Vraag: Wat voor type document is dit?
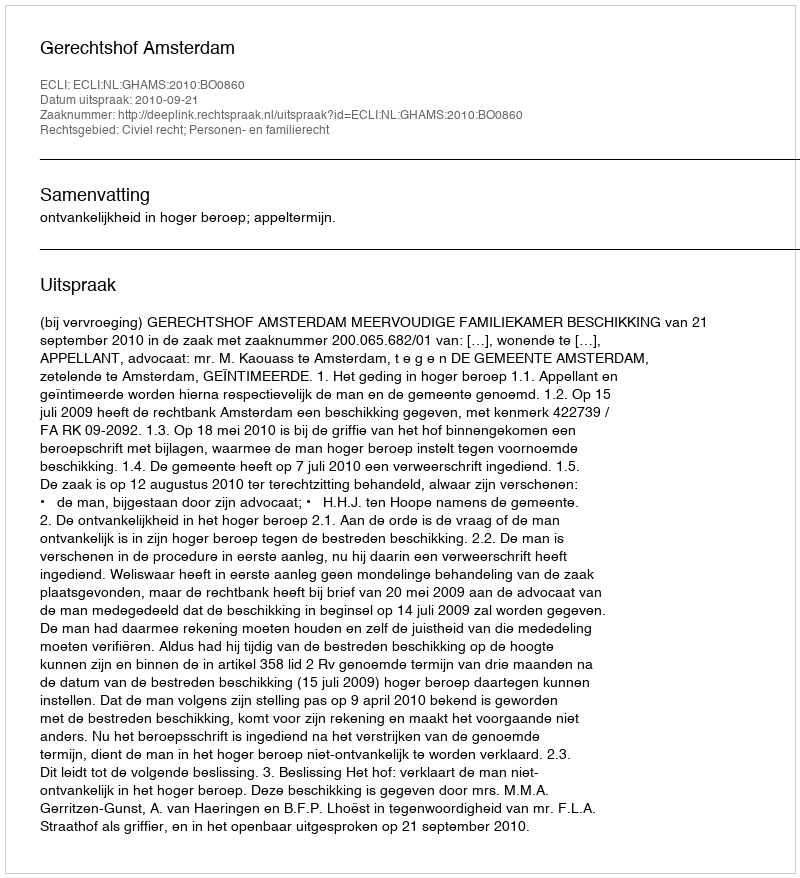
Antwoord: Uitspraak